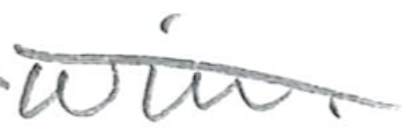
Text: win.
Cross-out: diagonal
Writing tool: pencil